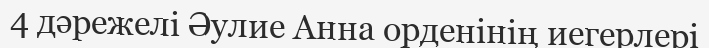
4 дәрежелі Әулие Анна орденінің иегерлері